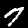
Label: 7